Report on vaccination in Madras 1877-1894 - 1877-1894
Year: 1877
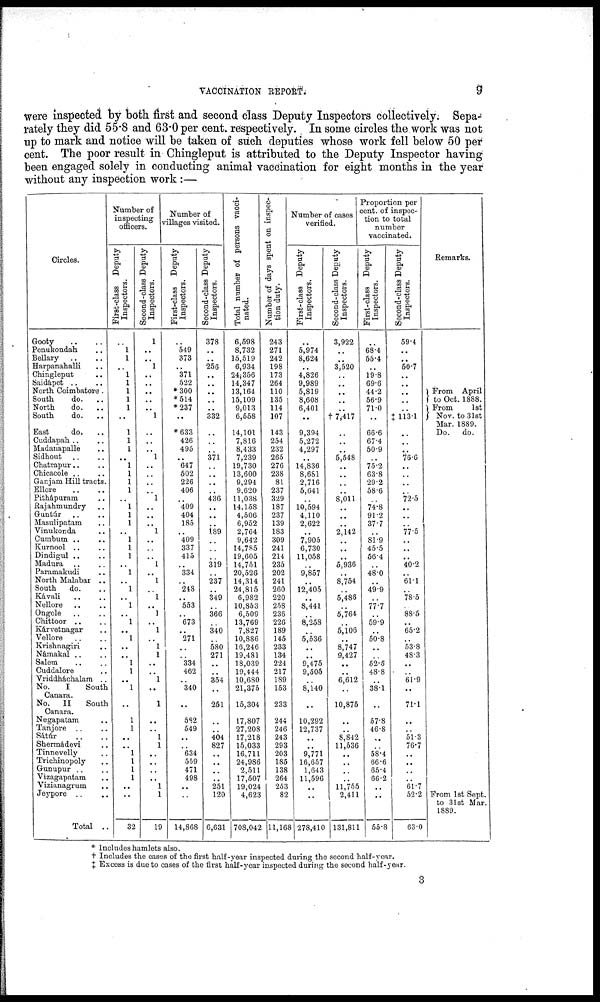
VACCINATION REPORT.
9
were inspected by both first and second class Deputy Inspectors collectively. Sepa-
rately they did 55.8 and 63.0 per cent. respectively. In some circles the work was not
up to mark and notice will be taken of such deputies whose work fell below 50 per
cent. The poor result in Chingleput is attributed to the Deputy Inspector having
been engaged solely in conducting animal vaccination for eight months in the year
without any inspection work:—
Circles.
Gooty .. ..
Penukondah ..
Bellary .. ..
Harpanahalli ..
Chingleput ..
Saidápet .. ..
North Coimbatore.
South
do. ..
North
do. ..
South
do. ..
East
do. ..
Cuddapah .. ..
Madanapalle ..
Sidhout .. ..
Chatrapur.. ..
Chicacole .. ..
Ganjam Hill tracts.
Ellore .. ..
Pithápuram
..
Rajahmundry ..
Guntúr .. ..
Masulipatam ..
Vinukonda ..
Cumbum .. ..
Kurnool .. ..
Dindigul .. ..
Madura .. ..
Paramakudi ..
North Malabar ..
South
do. ..
Kávali .. ..
Nellore .. ..
Ongole .. ..
Chittoor .. ..
Kárvetnagar ..
Vellore .. ..
Krishnagiri ..
Námakal .. ..
Salem .. ..
Cuddalore ..
Vriddháchalam ..
No.
I
South
Canara.
No.
II
South
Canara.
Negapatam ..
Tanjore .. ..
Sáttúr .. ..
Shermádevi ..
Tinnevelly ..
Trichinopoly ..
Gunupur .. ..
Vizagapatam ..
Vizianagrum ..
Jeypore ..
..
Total ..
Number of
inspecting
officers.
First-class Deputy
Inspectors.
..
1
1
..
1
1
1
1
1
..
1
1
1
..
1
1
1
1
..
1
1
1
..
1
1
1
.. 1
..
1
..
1
..
1
..
1
..
..
1
1
..
1
..
1
1
..
..
1
1
1
1
..
..
32
Second-class Deputy
Inspectors.
1
..
..
1
..
..
..
..
..
1
..
..
..
1
..
..
..
..
1
..
..
..
1
..
..
..
1
..
1
..
1
..
1
..
1
..
1
1
..
..
1
..
1
..
..
1
1
..
..
..
..
1
1
19
Number of
villages visited.
First-class Deputy
Inspectors.
..
549
373
..
371
522
*300
*514
*237
..
*633
426
495
..
647
502
226
406
..
409
404
185
..
409
337
415
..
334
..
248
..
553
..
673
..
271
..
..
334
462
..
340
..
582
549
..
..
634
559
471
498
..
..
14,868
Second-class Deputy
Inspectors.
378
..
..
256
..
..
..
..
..
332
..
..
..
371
..
..
..
..
436
..
..
..
189
..
..
..
319
..
237
..
349
..
366
..
340
..
580
271
..
..
354
..
251
..
..
404
827
..
..
..
..
251
120
6,631
Total number of persons vacci-
nated.
6,598
8,732
15,519
6,934
24,356
14,347
13,164
15,109
9,013
6,558
14,101
7,816
8,433
7,239
19,730
13,600
9,294
9,620
11,038
14,158
4,506
6,952
2,764
9,642
14,785
19,605
14,751
20,526
14,314
24,815
6,982
10,853
6,509
13,769
7,827
10,886
16,246
19,481
18,039
19,444
10,680
21,375
15,304
17,807
27,208
17,218
15,033
16,711
24,986
2,511
17,507
19,024
4,623
708,042
Number of days spent on inspec-
tion duty.
243
271
242
198
173
264
110
135
114
107
143
254
232
265
276
238
81
237
329
187
237
139
183
309
241
214
235
202
241
260
220
258
236
226
189
145
233
134
224
217
189
153
233
244
246
243
293
203
185
138
264
253
82
11,168
Number of cases
verified.
First-class Deputy
Inspectors.
..
5,974
8,624
..
4,826
9,989
5,819
8,608
6,401
..
9,394
5,272
4,297
..
14,836
8,681
2,716
5,641
..
10,594
4,110
2,622
..
7,905
6,730
11,058
..
9,857
..
12,405
..
8,441
..
8,258
..
5,536
..
..
9,475
9,505
..
8,140
..
10,292
12,737
..
..
9,771
16,657
1,643
11,596
..
..
278,410
Second-class Deputy
Inspectors.
3,922
..
..
3,520
..
..
..
..
..
† 7,417
..
..
..
5,548
..
..
..
..
8,011
..
..
..
2,142
..
..
..
5,936
..
8,754
..
5,486
..
5,764
..
5,106
..
8,747
9,427
..
..
6,612
..
10,875
..
..
8,842
11,536
..
..
..
..
11,755
2,411
131,811
Proportion per
cent. of inspec-
tion to total
number
vaccinated.
First-class Deputy
Inspectors.
..
68.4
55.4
..
19.8
69.6
44.2
56.9
71.0
..
66.6
67.4
50.9
..
75.2
63.8
29.2
58.6
..
74.8
91.2
37.7
..
81.9
45.5
56.4
..
48.0
..
49.9
..
77.7
..
59.9
..
50.8
..
..
52.5
48.8
..
38.1
..
57.8
46.8
..
..
58.4
66.6
65.4
66.2
..
..
55.8
Second-class Deputy
Inspectors.
59.4
..
..
50.7
..
..
..
..
..
‡ 113.1
..
..
..
76.6
..
..
..
..
72.5
..
..
..
77.5
..
..
..
40.2
..
61.1
..
78.5
..
88.5
..
65.2
..
53.8
48.3
..
..
61.9
..
71.1
..
.. 51.3
76.7
..
..
..
..
61.7
52.2
63.0
Remarks.
From April
to Oct. 1888.
From
1st
Nov. to 31st
Mar. 1889.
Do. do.
From 1st Sept.
to 31st Mar.
1889.
* Includes hamlets also.
† Includes the cases of the first half-year inspected during the second half-year.
‡ Excess is due to cases of the first half-year inspected during the second half-year.
3